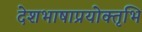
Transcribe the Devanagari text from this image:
देशभाषाप्रयोक्तृभि